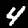
Digit: 4